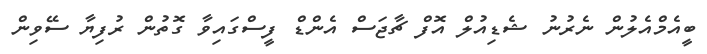
ބީއެމްއެލުން ނެރުނު ޝެޑިއުލް އޮފް ޗާޖަސް އެންޑް ފީސްގައިވާ ގޮތުން ރުފިޔާ ސޭވިން